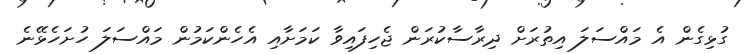
ގުޅިގެެން އެ މައްސަލަ އިތުރަށް ދިރާސާކުރަން ޖެހިފައިވާ ކަމަށާއި އެހެންކަމުން މައްސަލަ ހުށަހެޅޭނެ